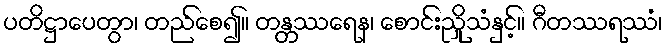
ပတိဋ္ဌာပေတွာ၊ တည်စေ၍။ တန္တဿရေန၊ စောင်းညှိုသံနှင့်။ ဂီတဿရဿံ၊